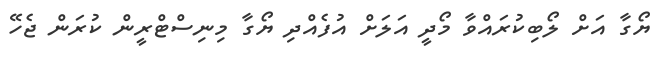
ޔޯގާ އަށް ލޯބިކުރައްވާ މޯދީ އަލަށް އުފެއްދި ޔޯގާ މިނިސްޓްރީން ކުރަން ޖެހޭ